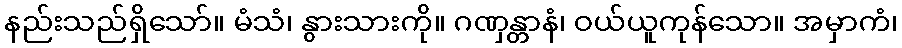
နည်းသည်ရှိသော်။ မံသံ၊ နွားသားကို။ ဂဏှန္တာနံ၊ ဝယ်ယူကုန်သော။ အမှာကံ၊